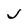
Character: J